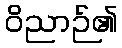
ဝိညာဉ်၏